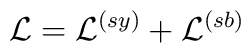
{\cal L} = {\cal L}^{(sy)} + {\cal L}^{(sb)}